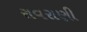
રાવરાણી